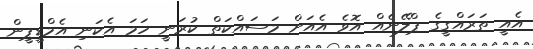
އެއީ ތަރައްގީގެ ޕްލޭނެއް އޮވެ އެއަށް މަސައްކަތް ކުރަނީ ހަމަ އެކަނި އެމްޑީޕީން